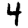
Digit: 4